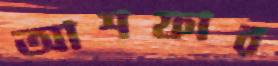
আশফার